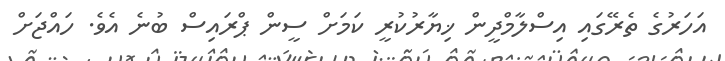
އަހަރުގެ ތެރޭގައި އިސްލާމްދީން ޚިޔާރުކުރީ ކަމަށް ސީން ޕްރައިސް ބުނެ އެވެ. ހައްޖަށް